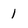
Character: 1